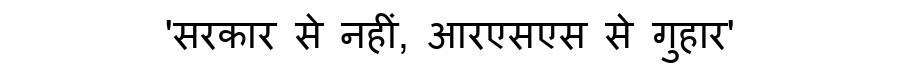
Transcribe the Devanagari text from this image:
'सरकार से नहीं, आरएसएस से गुहार'